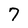
Character: 7